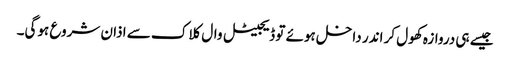
جیسے ہی دروازہ کھول کر اندر داخل ہوئے تو ڈیجیٹل وال کلاک سے اذان شروع ہوگی۔